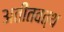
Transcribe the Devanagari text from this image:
अतीतवत्थ